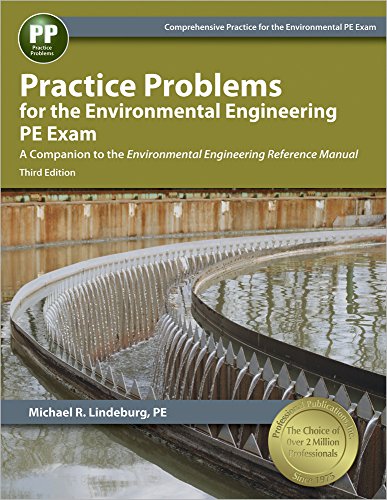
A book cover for Practice Problems for the Environmental Engineering PE Exam; Michael  R. Lindeburg PE; Science & Math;